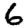
Digit: 6